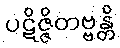
ပဋိဇ္ဇိတဗ္ဗန္တိ